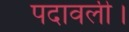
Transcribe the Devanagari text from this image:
पदावली।